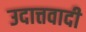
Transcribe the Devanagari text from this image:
उदात्तवादी